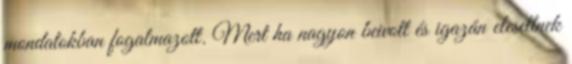
mondatokban fogalmazott. Mert ha nagyon beivott és igazán elesettnek